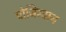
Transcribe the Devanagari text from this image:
पोजिस्ट्रान